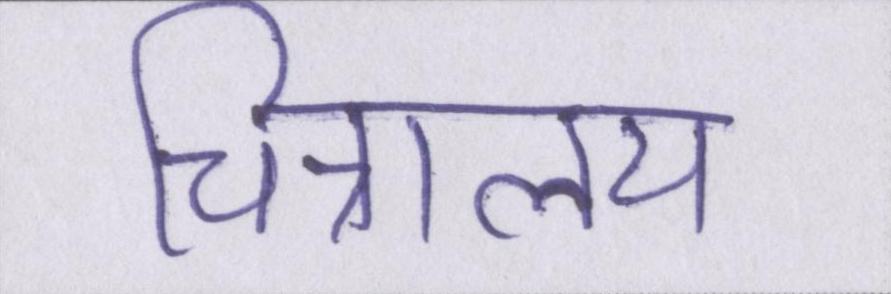
चित्रालय